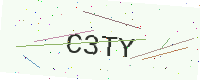
Text: C3TY